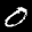
Label: 0